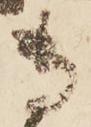
専